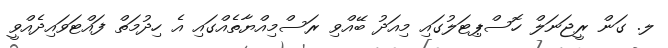
ލ. ގަން ރީޖަނަލް ހޮސްޕިޓަލުގައި މިއަދު ބޭއްވި ރަސްމިއްޔާތެއްގައި އެ ހިދުމަތް ފައްޓަވައިދެއްވީ